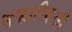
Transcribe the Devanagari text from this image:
सफारीवरही